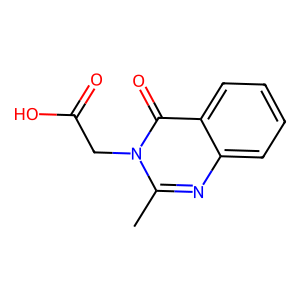
SMILES: Cc1nc2ccccc2c(=O)n1CC(=O)O
Inhibits HIV replication: No